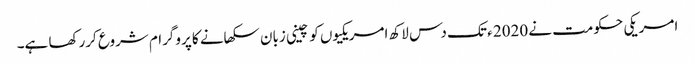
امریکی حکومت نے 2020 ء تک دس لاکھ امریکیوں کو چینی زبان سکھانے کا پروگرام شروع کررکھا ہے۔